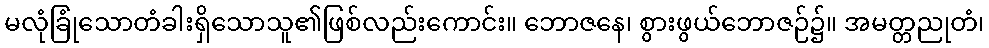
မလုံခြုံသောတံခါးရှိသောသူ၏ဖြစ်လည်းကောင်း။ ဘောဇနေ၊ စွားဖွယ်ဘောဇဉ်၌။ အမတ္တညုတံ၊